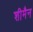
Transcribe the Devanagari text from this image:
शीमैन